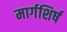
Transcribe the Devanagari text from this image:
मार्गशिर्ष